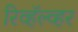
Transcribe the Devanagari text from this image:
रिव्हॅल्व्हर